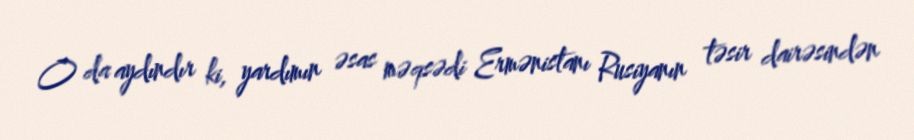
O da aydındır ki, yardımın əsas məqsədi Ermənistanı Rusiyanın təsir dairəsindən